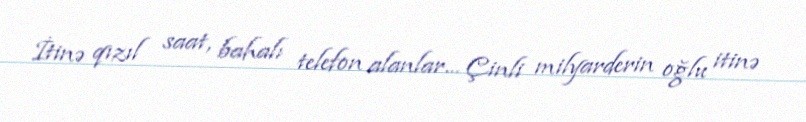
İtinə qızıl saat, bahalı telefon alanlar... Çinli milyarderin oğlu itinə